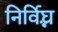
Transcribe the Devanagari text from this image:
निर्विघ्ऩ